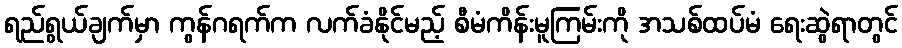
ရည်ရွယ်ချက်မှာ ကွန်ဂရက်က လက်ခံနိုင်မည့် စီမံကိန်းမူကြမ်းကို အသစ်ထပ်မံ ရေးဆွဲရာတွင်